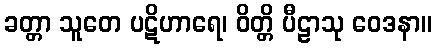
ခတ္တာ သူတေ ပဋိဟာရေ၊ ဝိတ္တိ ပီဠာသု ဝေဒနာ။